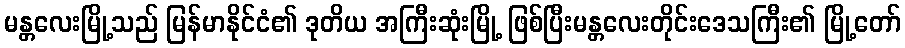
မန္တလေးမြို့သည် မြန်မာနိုင်ငံ၏ ဒုတိယ အကြီးဆုံးမြို့ ဖြစ်ပြီးမန္တလေးတိုင်းဒေသကြီး၏ မြို့တော်